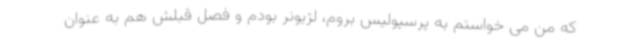
که من می خواستم به پرسپولیس بروم، لژیونر بودم و فصل قبلش هم به عنوان